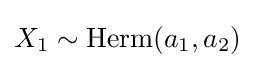
X_{1}\sim \operatorname {Herm} (a_{1},a_{2})